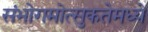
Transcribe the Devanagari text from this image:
संभोगमोत्सुकतेमध्ये